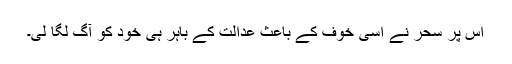
اس پر سحر نے اسی خوف کے باعث عدالت کے باہر ہی خود کو آگ لگا لی۔